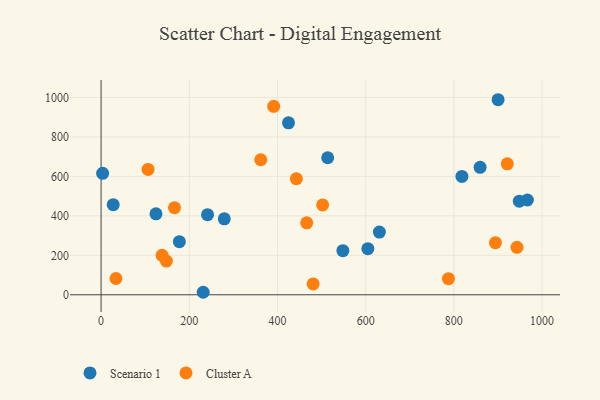
{"axis": {"x": "Speed", "y": "Fuel Efficiency"}, "legend": ["Cluster A", "Scenario 1"], "data": [{"x": "241.4", "y": 405.9, "type": "Scenario 1"}, {"x": "513.9", "y": 694.4, "type": "Scenario 1"}, {"x": "124.5", "y": 410.3, "type": "Scenario 1"}, {"x": "27.5", "y": 456.7, "type": "Scenario 1"}, {"x": "966.7", "y": 480.3, "type": "Scenario 1"}, {"x": "425.0", "y": 871.6, "type": "Scenario 1"}, {"x": "231.5", "y": 12.7, "type": "Scenario 1"}, {"x": "279.4", "y": 384.7, "type": "Scenario 1"}, {"x": "548.3", "y": 223.4, "type": "Scenario 1"}, {"x": "859.5", "y": 646.1, "type": "Scenario 1"}, {"x": "604.9", "y": 233.7, "type": "Scenario 1"}, {"x": "900.3", "y": 988.5, "type": "Scenario 1"}, {"x": "948.4", "y": 474.3, "type": "Scenario 1"}, {"x": "818.3", "y": 600.0, "type": "Scenario 1"}, {"x": "177.5", "y": 269.3, "type": "Scenario 1"}, {"x": "3.5", "y": 615.5, "type": "Scenario 1"}, {"x": "631.1", "y": 317.6, "type": "Scenario 1"}, {"x": "787.8", "y": 81.7, "type": "Cluster A"}, {"x": "943.1", "y": 240.5, "type": "Cluster A"}, {"x": "148.1", "y": 170.6, "type": "Cluster A"}, {"x": "138.4", "y": 200.2, "type": "Cluster A"}, {"x": "106.5", "y": 635.3, "type": "Cluster A"}, {"x": "442.9", "y": 588.0, "type": "Cluster A"}, {"x": "480.9", "y": 54.9, "type": "Cluster A"}, {"x": "502.4", "y": 455.4, "type": "Cluster A"}, {"x": "391.4", "y": 955.0, "type": "Cluster A"}, {"x": "466.3", "y": 364.8, "type": "Cluster A"}, {"x": "33.7", "y": 82.4, "type": "Cluster A"}, {"x": "894.3", "y": 264.2, "type": "Cluster A"}, {"x": "166.5", "y": 441.2, "type": "Cluster A"}, {"x": "362.1", "y": 684.2, "type": "Cluster A"}, {"x": "921.1", "y": 663.5, "type": "Cluster A"}]}